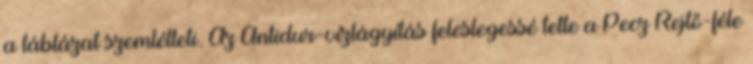
a táblázat szemlélteti. Az Antidur-vízlágyítás feleslegessé tette a Pecz–Rejtő-féle